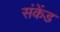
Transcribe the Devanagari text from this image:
संकेंड